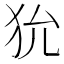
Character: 狁